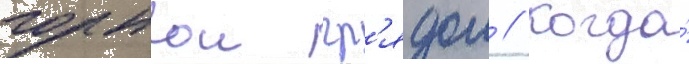
горнои гр'ядои // Когда́